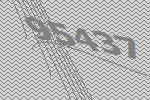
95437